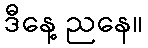
ဒီနေ့ ညနေ။